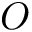
O